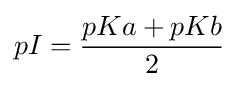
pI={{pKa}+{pKb} \over 2}